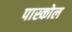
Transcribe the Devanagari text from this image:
पास्कोल